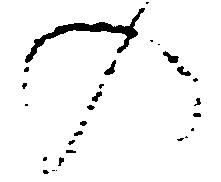
の